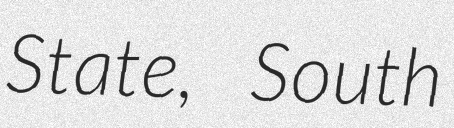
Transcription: State, South